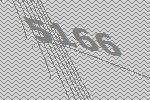
5166